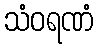
သံဝရဏံ